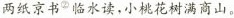
两纸京书”临水读，小桃花树满商山。